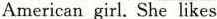
American girl.She likes